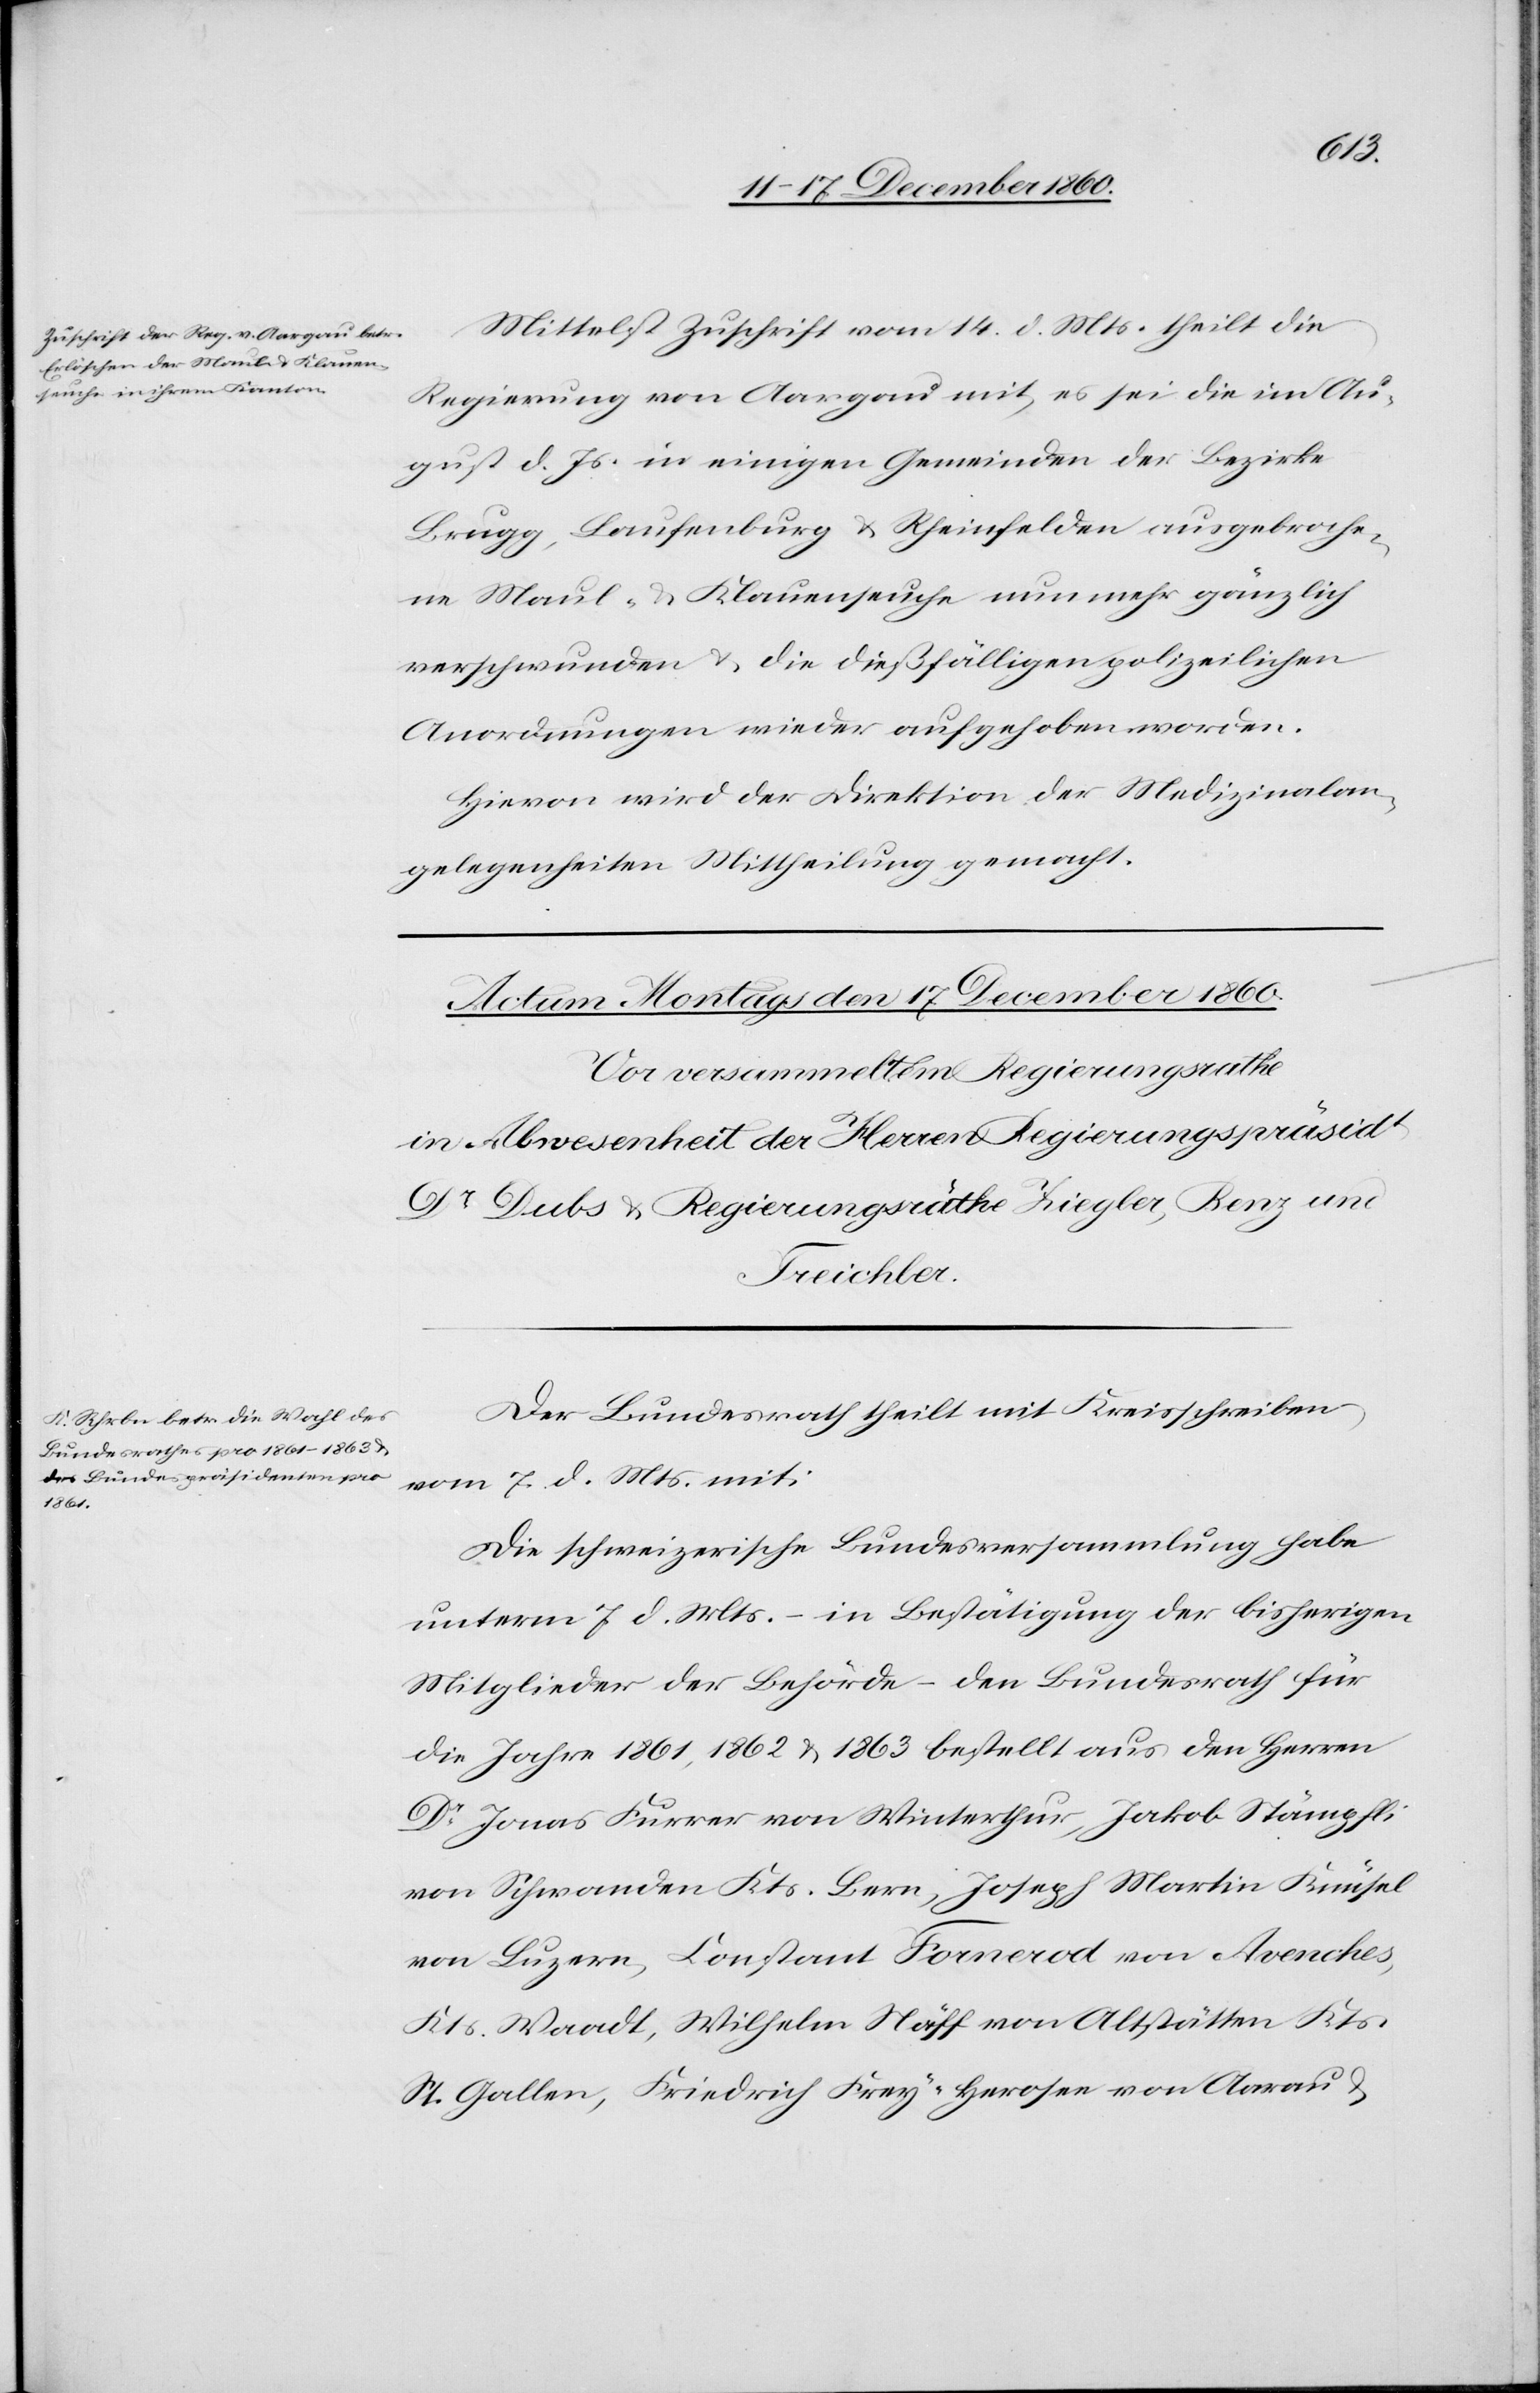
den 15. December 1860.]
Mittelst Zuschrift vom 14,. d. Mts. theilt die
Regierung von Aargau mit, es sei die im Au¬
gust d. Js. in einigen Gemeinden der Bezirke
Brugg, Laufenburg u. Rheinfelden ausgebroche¬
ne Maul- u. Klauenseuche nunmehr gänzlich
verschwunden u. die dießfälligen polizeilichen
Anordnungen wieder aufgehoben worden.
Hievon wird der Direktion der Medizinalan¬
gelegenheiten Mittheilung gemacht.
Der Bundesrath theilt mit Kreisschreiben
vom 7. d. Mts. mit:
Die schweizerische Bundesversammlung habe
unterm 7. d. Mts. – in Bestätigung der bisherigen
Mitglieder der Behörde – den Bundesrath für
die Jahre 1861, 1862 u. 1863 bestellt aus den Herren
Dr Jonas Furrer von Winterthur, Jakob Stämpfli
von Schwanden Kts. Bern, Joseph Martin Knüsel
von Luzern, Contant Fornerod von Avenches,
Kts. Waadt, Wilhelm Näff von Altstätten Kts.
St. Gallen, Friedrich Frey- Herosee von Aarau u.